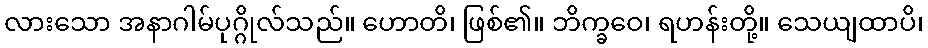
လားသော အနာဂါမ်ပုဂ္ဂိုလ်သည်။ ဟောတိ၊ ဖြစ်၏။ ဘိက္ခဝေ၊ ရဟန်းတို့။ သေယျထာပိ၊